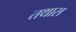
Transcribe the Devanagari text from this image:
तथास